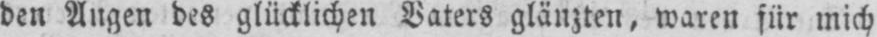
den Augen des glücklichen Vaters glänzten, waren für mich